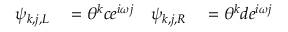
\begin{array} { r l r l } { \psi _ { k , j , L } } & { { } = \theta ^ { k } c e ^ { i \omega j } } & { \psi _ { k , j , R } } & { { } = \theta ^ { k } d e ^ { i \omega j } } \end{array}